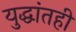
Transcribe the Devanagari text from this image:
युद्धांतही